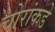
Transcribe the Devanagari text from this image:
चोरांकडे